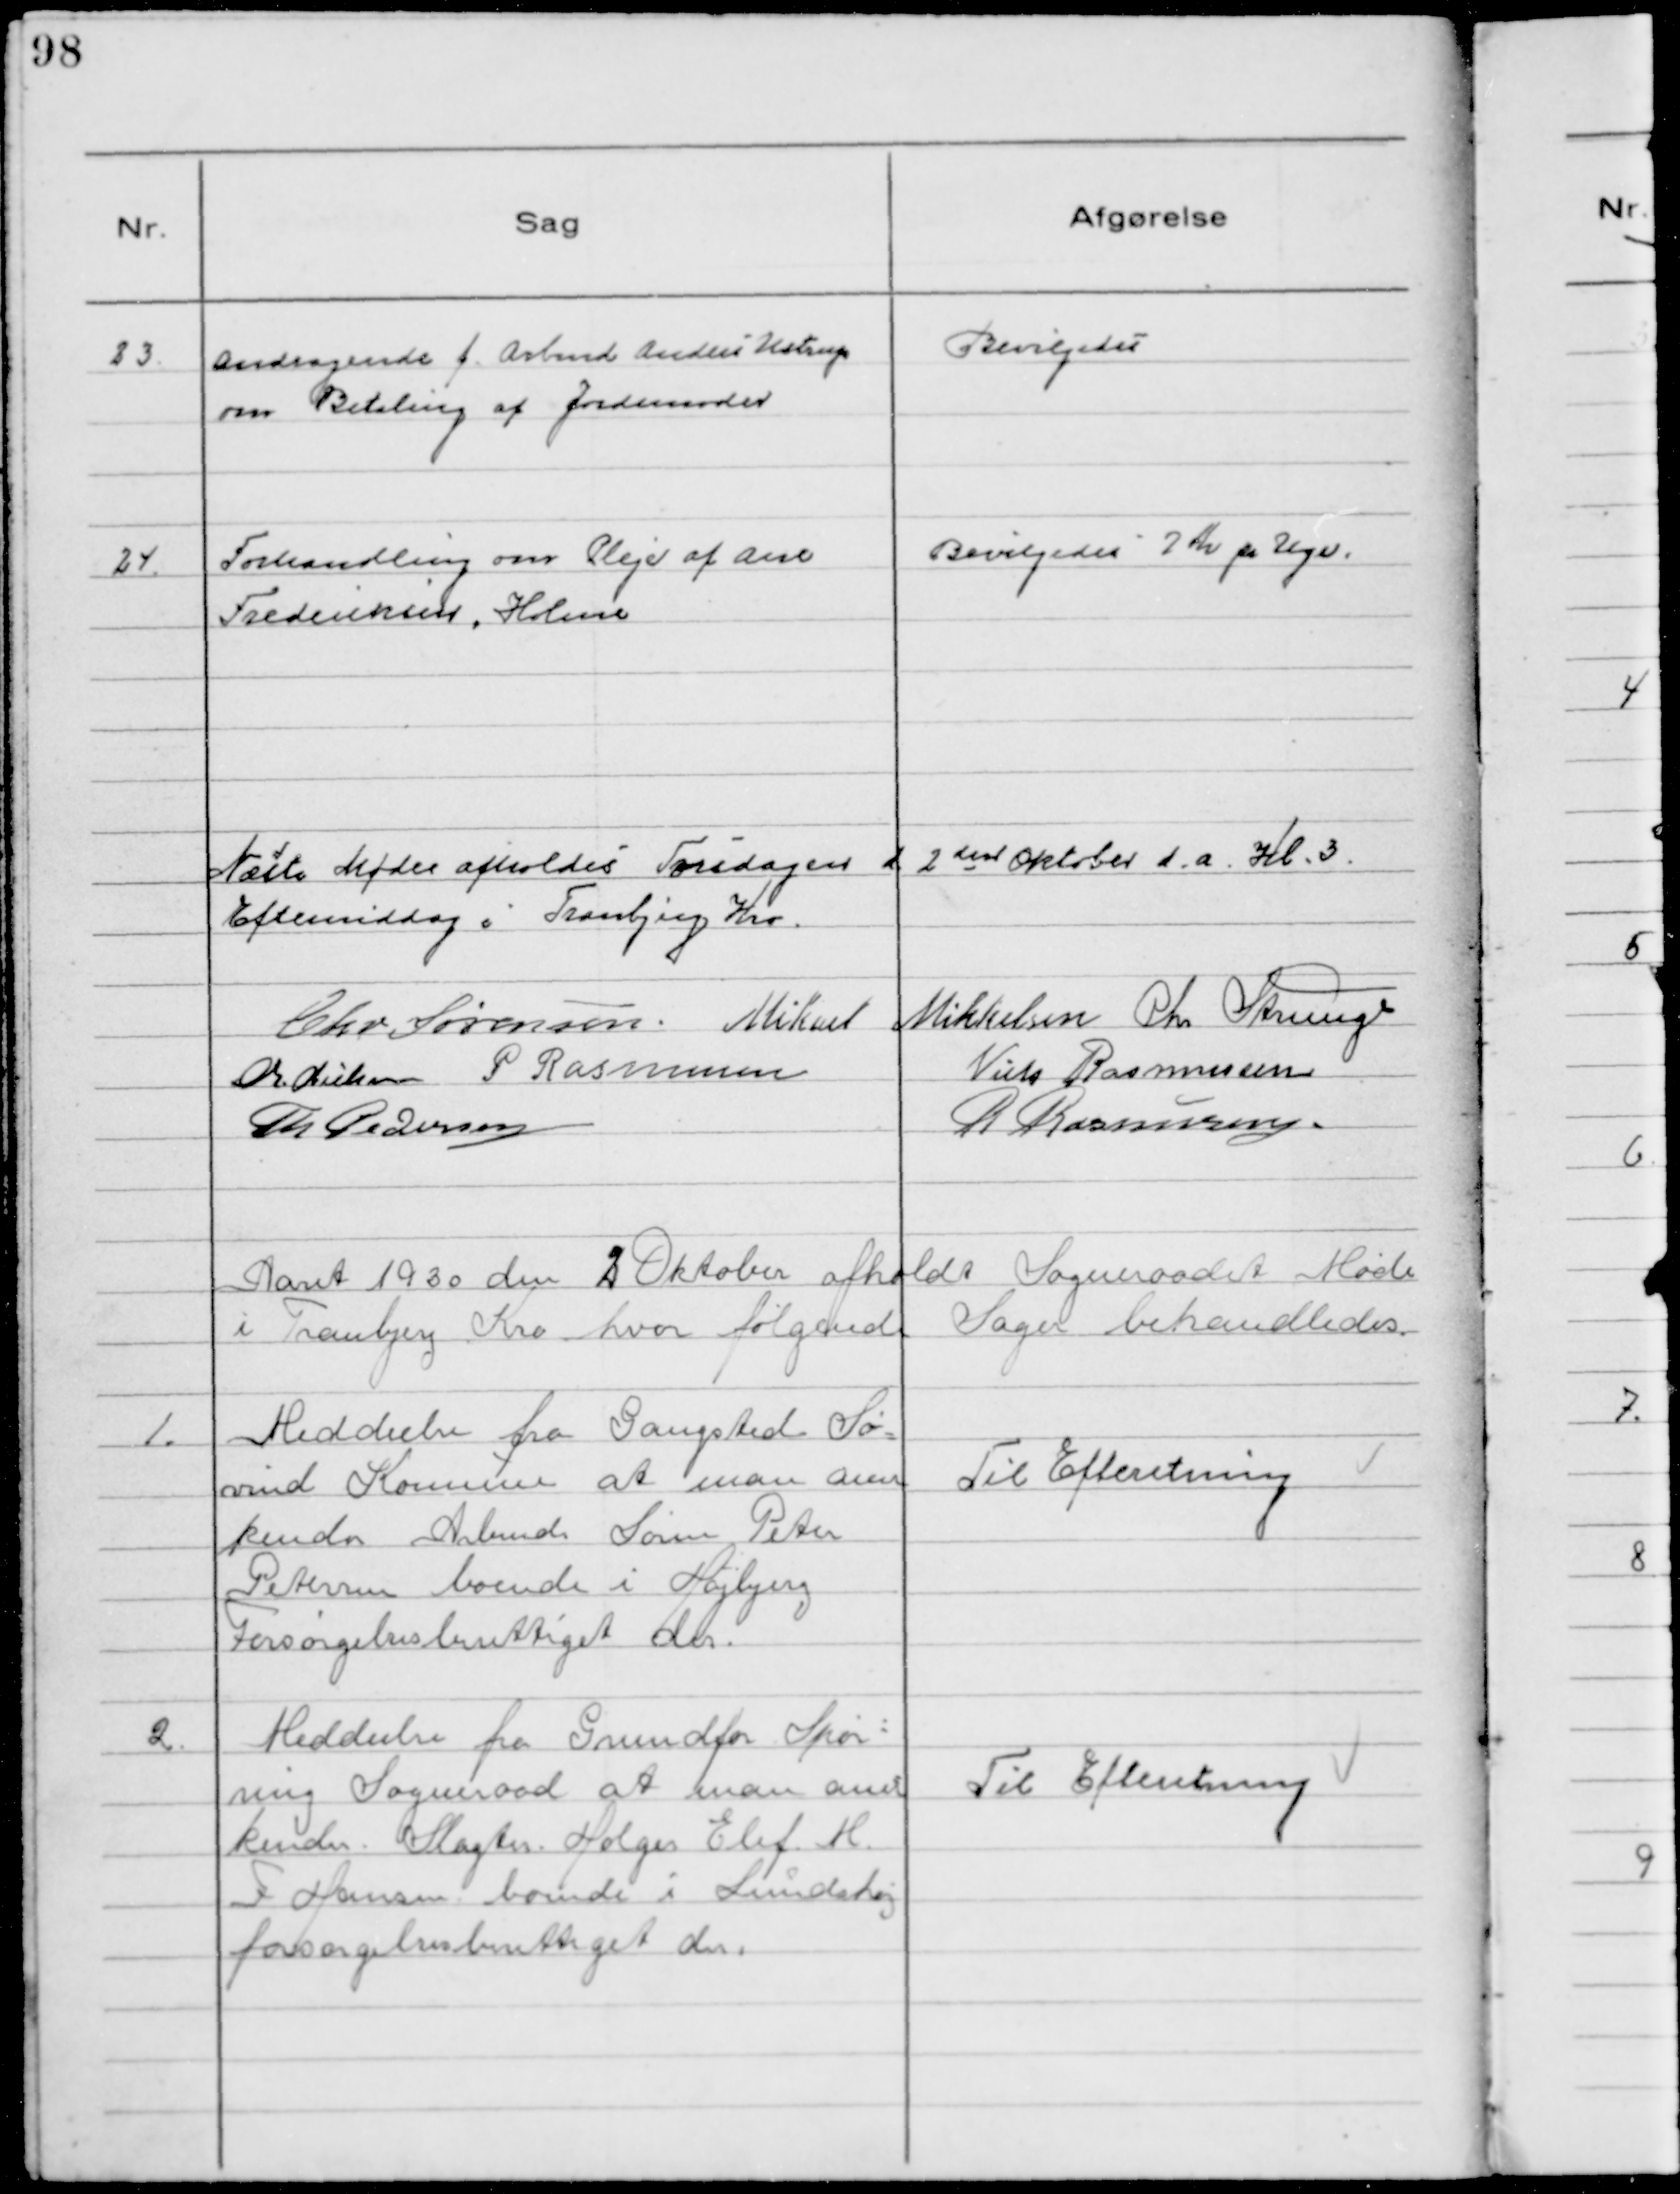
Transskription:
23.
Andragende f. Arbmd Anders Ustrup
om Betaling af Jordemoder

Bevilgedes

24.
Forhandling om Pleje af Ane
Frederiksen, Holme

Bevilgedes 7 Kr pr Uge.

Næste Møde afholdes Torsdagen d 2 den Oktober d.a. Kl. 3.
Eftermiddag i Tranbjerg Kro.
Chr. Sørensen Mikael Mikkelsen Chr Strunge
Chr Nielsen P Rasmussen
Niels Rasmussen
Th Pedersen
R Rasmussen

Aaret 1930 den 2 Oktober afholdt Sogneraadet Møde
i Tranbjerg Kro hvor følgende Sager behandledes.

1.
 Meddeelse fra Gangsted Sø-
vind Kommune at man aner
kender Arbmd. Søren Peter
Petersen boende i Højbjerg
Forsørgelsesberettiget der.

Til Efteretning

2.
Meddeelse fra Grundfør Spør-
ring Sogneraad at man aner
kender Slagter Holger Elif M.
F Hansen boende i Lundshøj
forsørgelsesberettiget der.

Til Efteretning